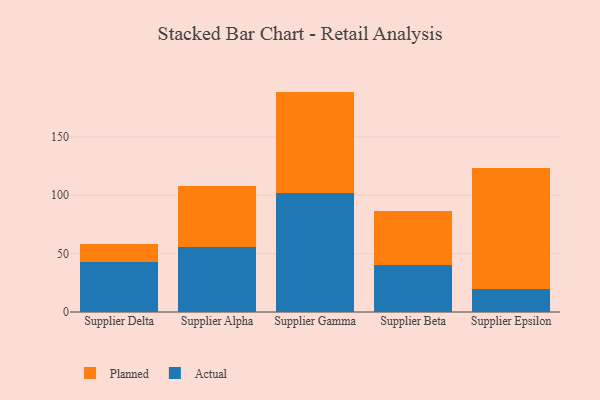
{"axis": {"x": "Supplier", "y": "Churn Rate (%)"}, "legend": ["Actual", "Planned"], "data": [{"x": "Supplier Delta", "y": 42.7, "type": "Actual"}, {"x": "Supplier Delta", "y": 15.3, "type": "Planned"}, {"x": "Supplier Alpha", "y": 56.0, "type": "Actual"}, {"x": "Supplier Alpha", "y": 51.8, "type": "Planned"}, {"x": "Supplier Gamma", "y": 102.1, "type": "Actual"}, {"x": "Supplier Gamma", "y": 86.7, "type": "Planned"}, {"x": "Supplier Beta", "y": 40.1, "type": "Actual"}, {"x": "Supplier Beta", "y": 46.5, "type": "Planned"}, {"x": "Supplier Epsilon", "y": 19.4, "type": "Actual"}, {"x": "Supplier Epsilon", "y": 103.7, "type": "Planned"}]}